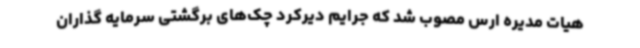
هیات مدیره ارس مصوب شد که جرایم دیرکرد چک‌های برگشتی سرمایه گذاران